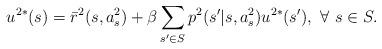
LaTeX: \begin{align*} u^{2*}(s)=\bar{r}^2(s,a_s^2)+\beta \sum_{s'\in S} p^2(s'|s,a_s^2) u^{2*}(s'), \ \forall \ s\in S.\end{align*}